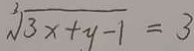
\sqrt [ 3 ] { 3 x + y - 1 } = 3